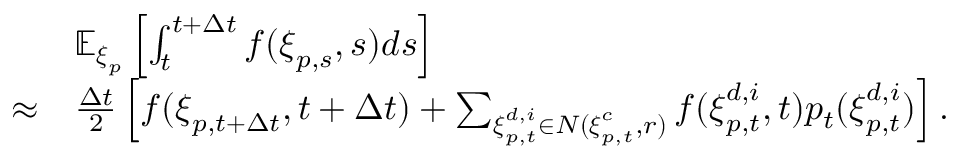
\begin{array} { r l } & { \mathbb { E } _ { \boldsymbol { \xi } _ { p } } \left[ \int _ { t } ^ { t + \Delta t } f ( \boldsymbol { \xi } _ { p , s } , s ) d s \right] } \\ { \approx } & { \frac { \Delta t } { 2 } \left[ f ( \boldsymbol { \xi } _ { p , t + \Delta t } , t + \Delta t ) + \sum _ { \boldsymbol { \xi } _ { p , t } ^ { d , i } \in N ( \boldsymbol { \xi } _ { p , t } ^ { c } , r ) } f ( \boldsymbol { \xi } _ { p , t } ^ { d , i } , t ) p _ { t } ( \boldsymbol { \xi } _ { p , t } ^ { d , i } ) \right] . } \end{array}